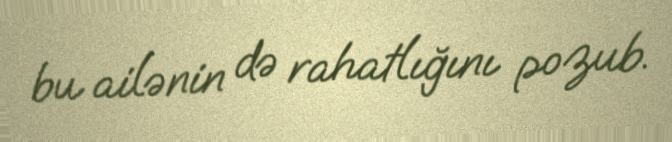
bu ailənin də rahatlığını pozub.